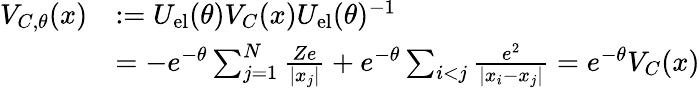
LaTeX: \begin{array}{rl}{V_{C,\theta}(x)}&{:=U_{\mathrm{el}}(\theta)V_{C}(x)U_{\mathrm{el}}(\theta)^{-1}}\\ &{=-e^{-\theta}\sum_{j=1}^{N}\frac{Ze}{|x_{j}|}+e^{-\theta}\sum_{i<j}\frac{e^{2}}{|x_{i}-x_{j}|}=e^{-\theta}V_{C}(x)}\end{array}